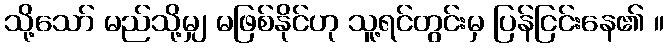
သို့သော် မည်သို့မျှ မဖြစ်နိုင်ဟု သူ့ရင်တွင်းမှ ပြန်ငြင်းနေ၏ ။